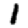
Digit: 1